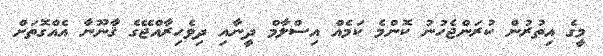
މީގެ އިތުރުން ކުރަންޖެހުނު ކޮންމެ ކަމެއް އިސްލާމް ދީނާއި ދިވެހިރާއްޖޭގެ ޤާނޫނާ އެއްގޮތަށް